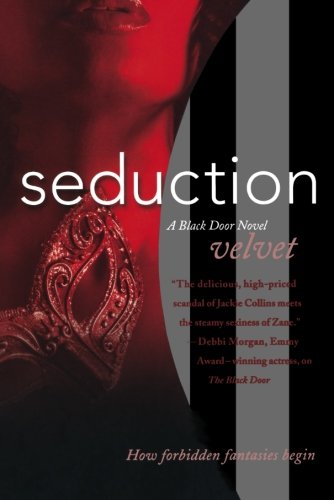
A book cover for Seduction: A Black Door Novel (Black Door Series); Velvet; Romance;